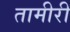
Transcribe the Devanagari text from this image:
तामीरी